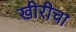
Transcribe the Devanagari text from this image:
खीरीचा